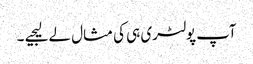
آپ پولٹری ہی کی مثال لے لیجیے ۔